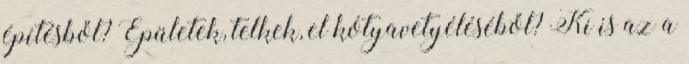
építésből? Épületek, telkek, el kótyavetyéléséből? Ki is az a